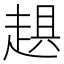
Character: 𧻾